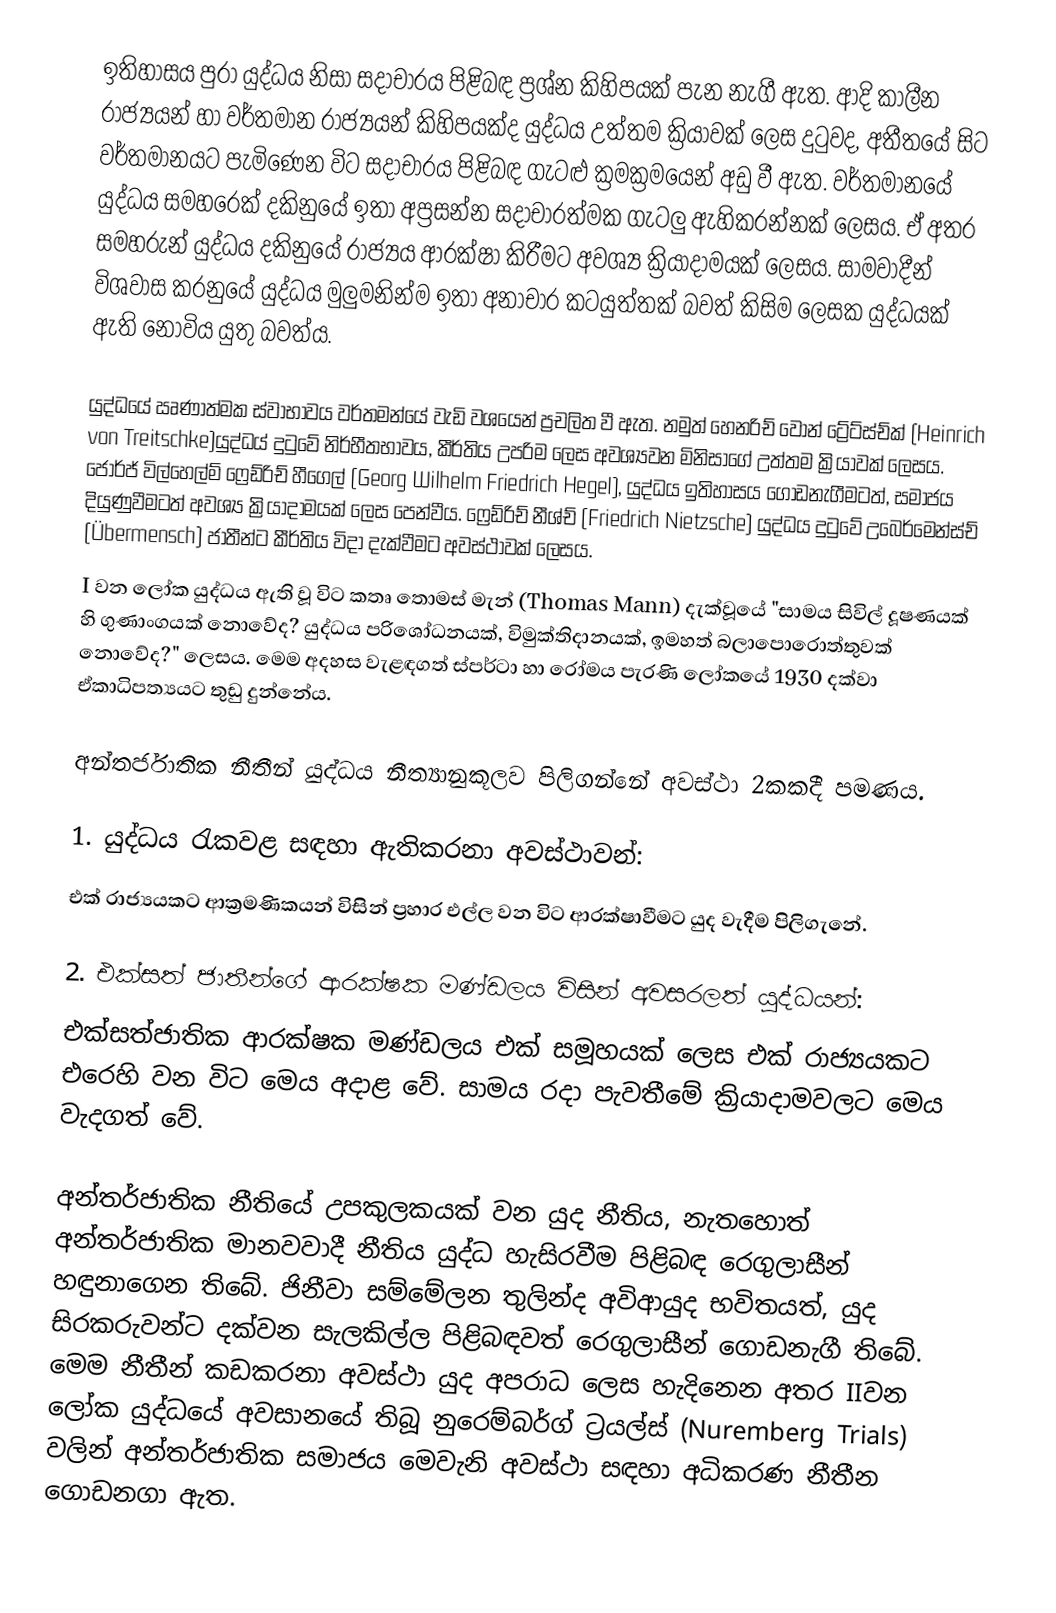
ඉතිහාසය පුරා යුද්ධය නිසා සදාචාරය පිළිබඳ ප්‍රශ්න කිහිපයක් පැන නැගී ඇත. ආදි කාලීන රාජ්‍යයන් හා වර්තමාන රාජ්‍යයන් කිහිපයක්ද යුද්ධය උත්තම ක්‍රියාවක් ලෙස දුටුවද, අතීතයේ සිට වර්තමානයට පැමිණෙන විට සදාචාරය පිළිබඳ ගැටළු ක්‍රමක්‍රමයෙන් අඩු වී ඇත. වර්තමානයේ යුද්ධය සමහරෙක් දකිනුයේ ඉතා අප්‍රසන්න සදාචාරත්මක ගැටලු ඇහිකරන්නක් ලෙසය. ඒ අතර සමහරුන් යුද්ධය දකිනුයේ රාජ්‍යය ආරක්ෂා කිරීමට අවශ්‍ය ක්‍රියාදාමයක් ලෙසය. සාමවාදීන් විශවාස කරනුයේ යුද්ධය මුලුමනින්ම ඉතා අනාචාර කටයුත්තක් බවත් කිසිම ලෙසක යුද්ධයක් ඇති නොවිය යුතු බවත්ය.

යුද්ධයේ ඍණාත්මක ස්වාභාවය වර්තමන්යේ වැඩි වශයෙන් ප්‍රචලිත වී ඇත. නමුත් හෙනරිච් වොන් ට්‍රේට්ස්ච්ක් (Heinrich von Treitschke)යුද්ධය් දුටුවේ නිර්භීතභාවය, කීර්තිය උපරිම ලෙස අවශ්‍යවන මිනිසාගේ උත්තම ක්‍රියාවක් ලෙසය. ජෝර්ජ් විල්හෙල්ම් ෆ්‍රෙඩ්රිච් හීගෙල් (Georg Wilhelm Friedrich Hegel), යුද්ධය ඉතිහාසය ගොඩනැගීමටත්, සමාජය දියුණුවීමටත් අවශ්‍ය ක්‍රියාදාමයක් ලෙස පෙන්වීය. ෆ්‍රෙඩ්රිච් නීශ්ච් (Friedrich Nietzsche) යුද්ධය දුටුවේ උබෙර්මෙන්ස්ච් (Übermensch) ජාතීන්ට කීර්තිය විදා දැක්වීමට අවස්ථාවක් ලෙසය.
I වන ලෝක යුද්ධය ඇති වූ විට කතෘ  තොමස් මැන් (Thomas Mann) දැක්වූයේ "සාමය සිවිල් දූෂණයක් හි ගුණාංගයක් නොවේද? යුද්ධය පරිශෝධනයක්, විමුක්තිදානයක්, ඉමහත් බලාපොරොත්තුවක් නොවේද?" ලෙසය. මෙම අදහස වැළඳගත් ස්පර්ටා හා රෝමය පැරණි ලෝකයේ 1930 දක්වා ඒකාධිපත්‍යයට තුඩු දුන්නේය.

අන්තර්ජාතික නීතීන් යුද්ධය නීත්‍යානුකූලව පිලිගන්නේ අවස්ථා 2කකදී පමණය.

1. යුද්ධය රැකවළ සඳහා ඇතිකරනා අවස්ථාවන්:
එක් රාජ්‍යයකට ආක්‍රමණිකයන් විසින් ප්‍රහාර එල්ල වන විට ආරක්ෂාවීමට යුද වැදීම පිලිගැනේ.

2. එක්සත් ජාතීන්ගේ ආරක්ෂක මණ්ඩලය විසින් අවසරලත් යුද්ධයන්:
එක්සත්ජාතික ආරක්ෂක මණ්ඩලය එක් සමූහයක් ලෙස එක් රාජ්‍යයකට එරෙහි වන විට මෙය අදාළ වේ. සාමය රදා පැවතීමේ ක්‍රියාදාමවලට මෙය වැදගත් වේ.

අන්තර්ජාතික නීතියේ උපකුලකයක් වන යුද නීතිය, නැතහොත් අන්තර්ජාතික මානවවාදී නීතිය යුද්ධ හැසිරවීම පිළිබඳ රෙගුලාසීන් හඳුනාගෙන තිබේ. ජිනීවා සම්මේලන තුලින්ද අවිආයුද භවිතයත්, යුද සිරකරුවන්ට දක්වන සැලකිල්ල පිළිබඳවත් රෙගුලාසීන් ගොඩනැගී තිබේ. මෙම නීතීන් කඩකරනා අවස්ථා යුද අපරාධ ලෙස හැදිනෙන අතර IIවන ලෝක යුද්ධයේ අවසානයේ තිබූ නුරෙම්බර්ග් ට්‍රයල්ස් (Nuremberg Trials) වලින් අන්තර්ජාතික සමාජය මෙවැනි  අවස්ථා සඳහා අධිකරණ නීතීන ගොඩනගා ඇත.